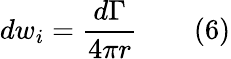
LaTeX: dw_{i}={\frac{d\Gamma}{4\pi r}}\qquad(6)